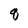
Character: q